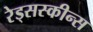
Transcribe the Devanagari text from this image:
रेड्सस्कीन्स